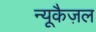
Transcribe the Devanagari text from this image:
न्यूकैज़ल